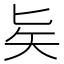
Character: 𠤕